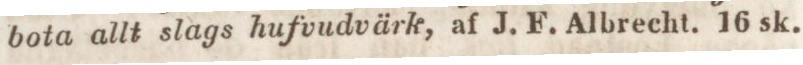
bota allt slags hufvudvärk, af J. F. Albrecht. 16 sk.